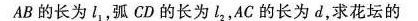
AB的长为l_{1}，弧CD的长为l_{2}，AC的长为d，求花坛的